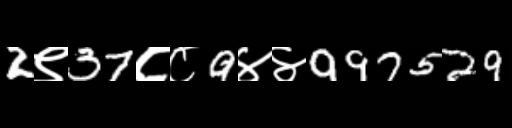
Text: 2९37८८9४४997529